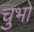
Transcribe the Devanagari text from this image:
चुभो